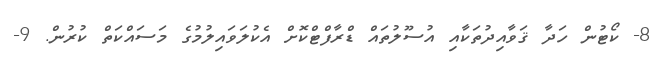
8- ކޯޓުން ހަދާ ޤަވާއިދުތަކާއި އުސޫލުތައް ޑްރާފްޓްކޮށް އެކުލަވައިލުމުގެ މަސައްކަތް ކުރުން. 9-